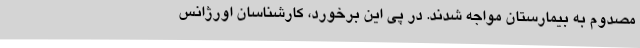
مصدوم به بیمارستان مواجه شدند. در پی این برخورد، کارشناسان اورژانس